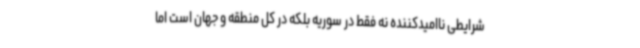
شرایطی ناامیدکننده نه فقط در سوریه بلکه در کل منطقه و جهان است اما